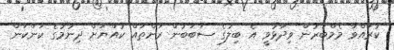
ކުރައްވާ މެމްބަރުން ވިދާޅުވީ އެ ބިލުގެ ސަބަބުން ރަށްތައް ކުއްޔަށް ދިނުމުގެ ކަންކަން